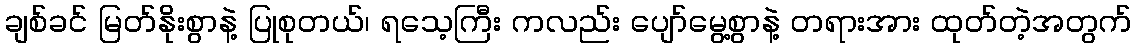
ချစ်ခင် မြတ်နိုးစွာနဲ့ ပြုစုတယ်၊ ရသေ့ကြီး ကလည်း ပျော်မွေ့စွာနဲ့ တရားအား ထုတ်တဲ့အတွက်